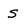
Character: s